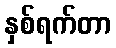
နှစ်ရက်တာ